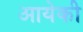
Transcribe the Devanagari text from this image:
आयेकी